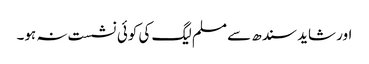
اور شاید سندھ سے مسلم لیگ کی کوئی نشست نہ ہو۔